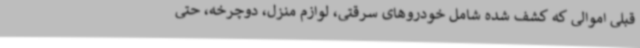
قبلی اموالی که کشف شده شامل خودروهای سرقتی، لوازم منزل، دوچرخه، حتی